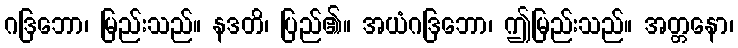
ဂဒြဘော၊ မြည်းသည်။ နဒတိ၊ ပြည်၏။ အယံဂဒြဘော၊ ဤမြည်းသည်။ အတ္တနော၊